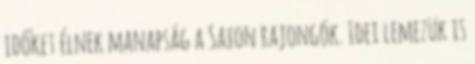
időket élnek manapság a Saxon rajongók. Idei lemezük is